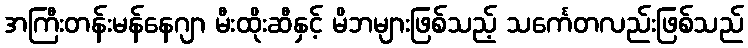
အကြီးတန်းမန်နေဂျာ မီးထိုးဆီနှင့် မိဘများဖြစ်သည့် သင်္ကေတလည်းဖြစ်သည်